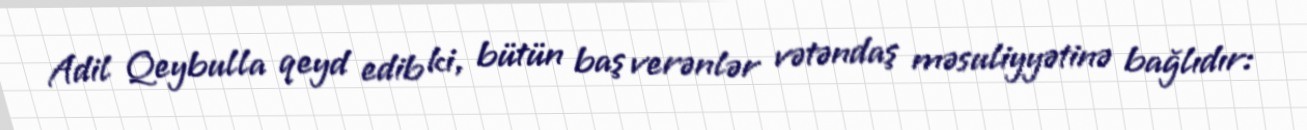
Adil Qeybulla qeyd edib ki, bütün baş verənlər vətəndaş məsuliyyətinə bağlıdır: